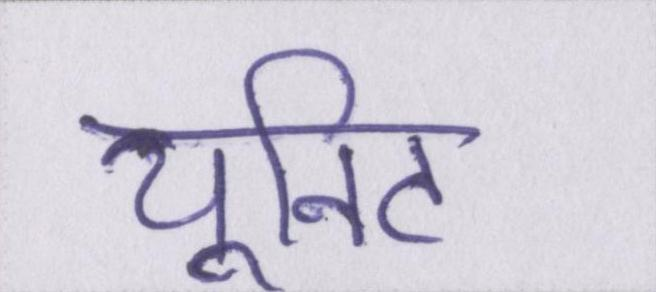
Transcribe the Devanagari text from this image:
यूनिट